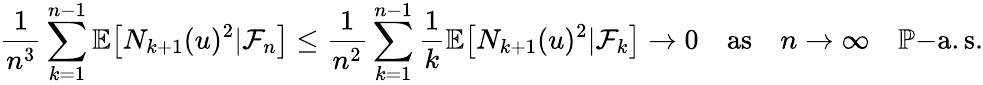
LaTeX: \frac{1}{n^{3}}\sum_{k=1}^{n-1}\mathbb{E}\big[N_{k+1}(u)^{2}|\mathcal{F}_{n}\big]\leq\frac{1}{n^{2}}\sum_{k=1}^{n-1}\frac{1}{k}\mathbb{E}\big[N_{k+1}(u)^{2}|\mathcal{F}_{k}\big]\to 0\quad\mathrm{as}\quad n\to\infty\quad\mathbb{P}\mathrm{-a.s.}